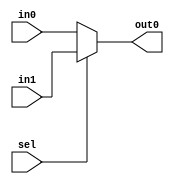
module mux_v3(input wire in0,
				  input wire in1,
				  input wire sel,
				  output reg out0
				  );
always@( * )
begin
	if (sel == 0)
		out0 = in0;
	else 
		out0 = in1;
end
endmodule // mux_v3